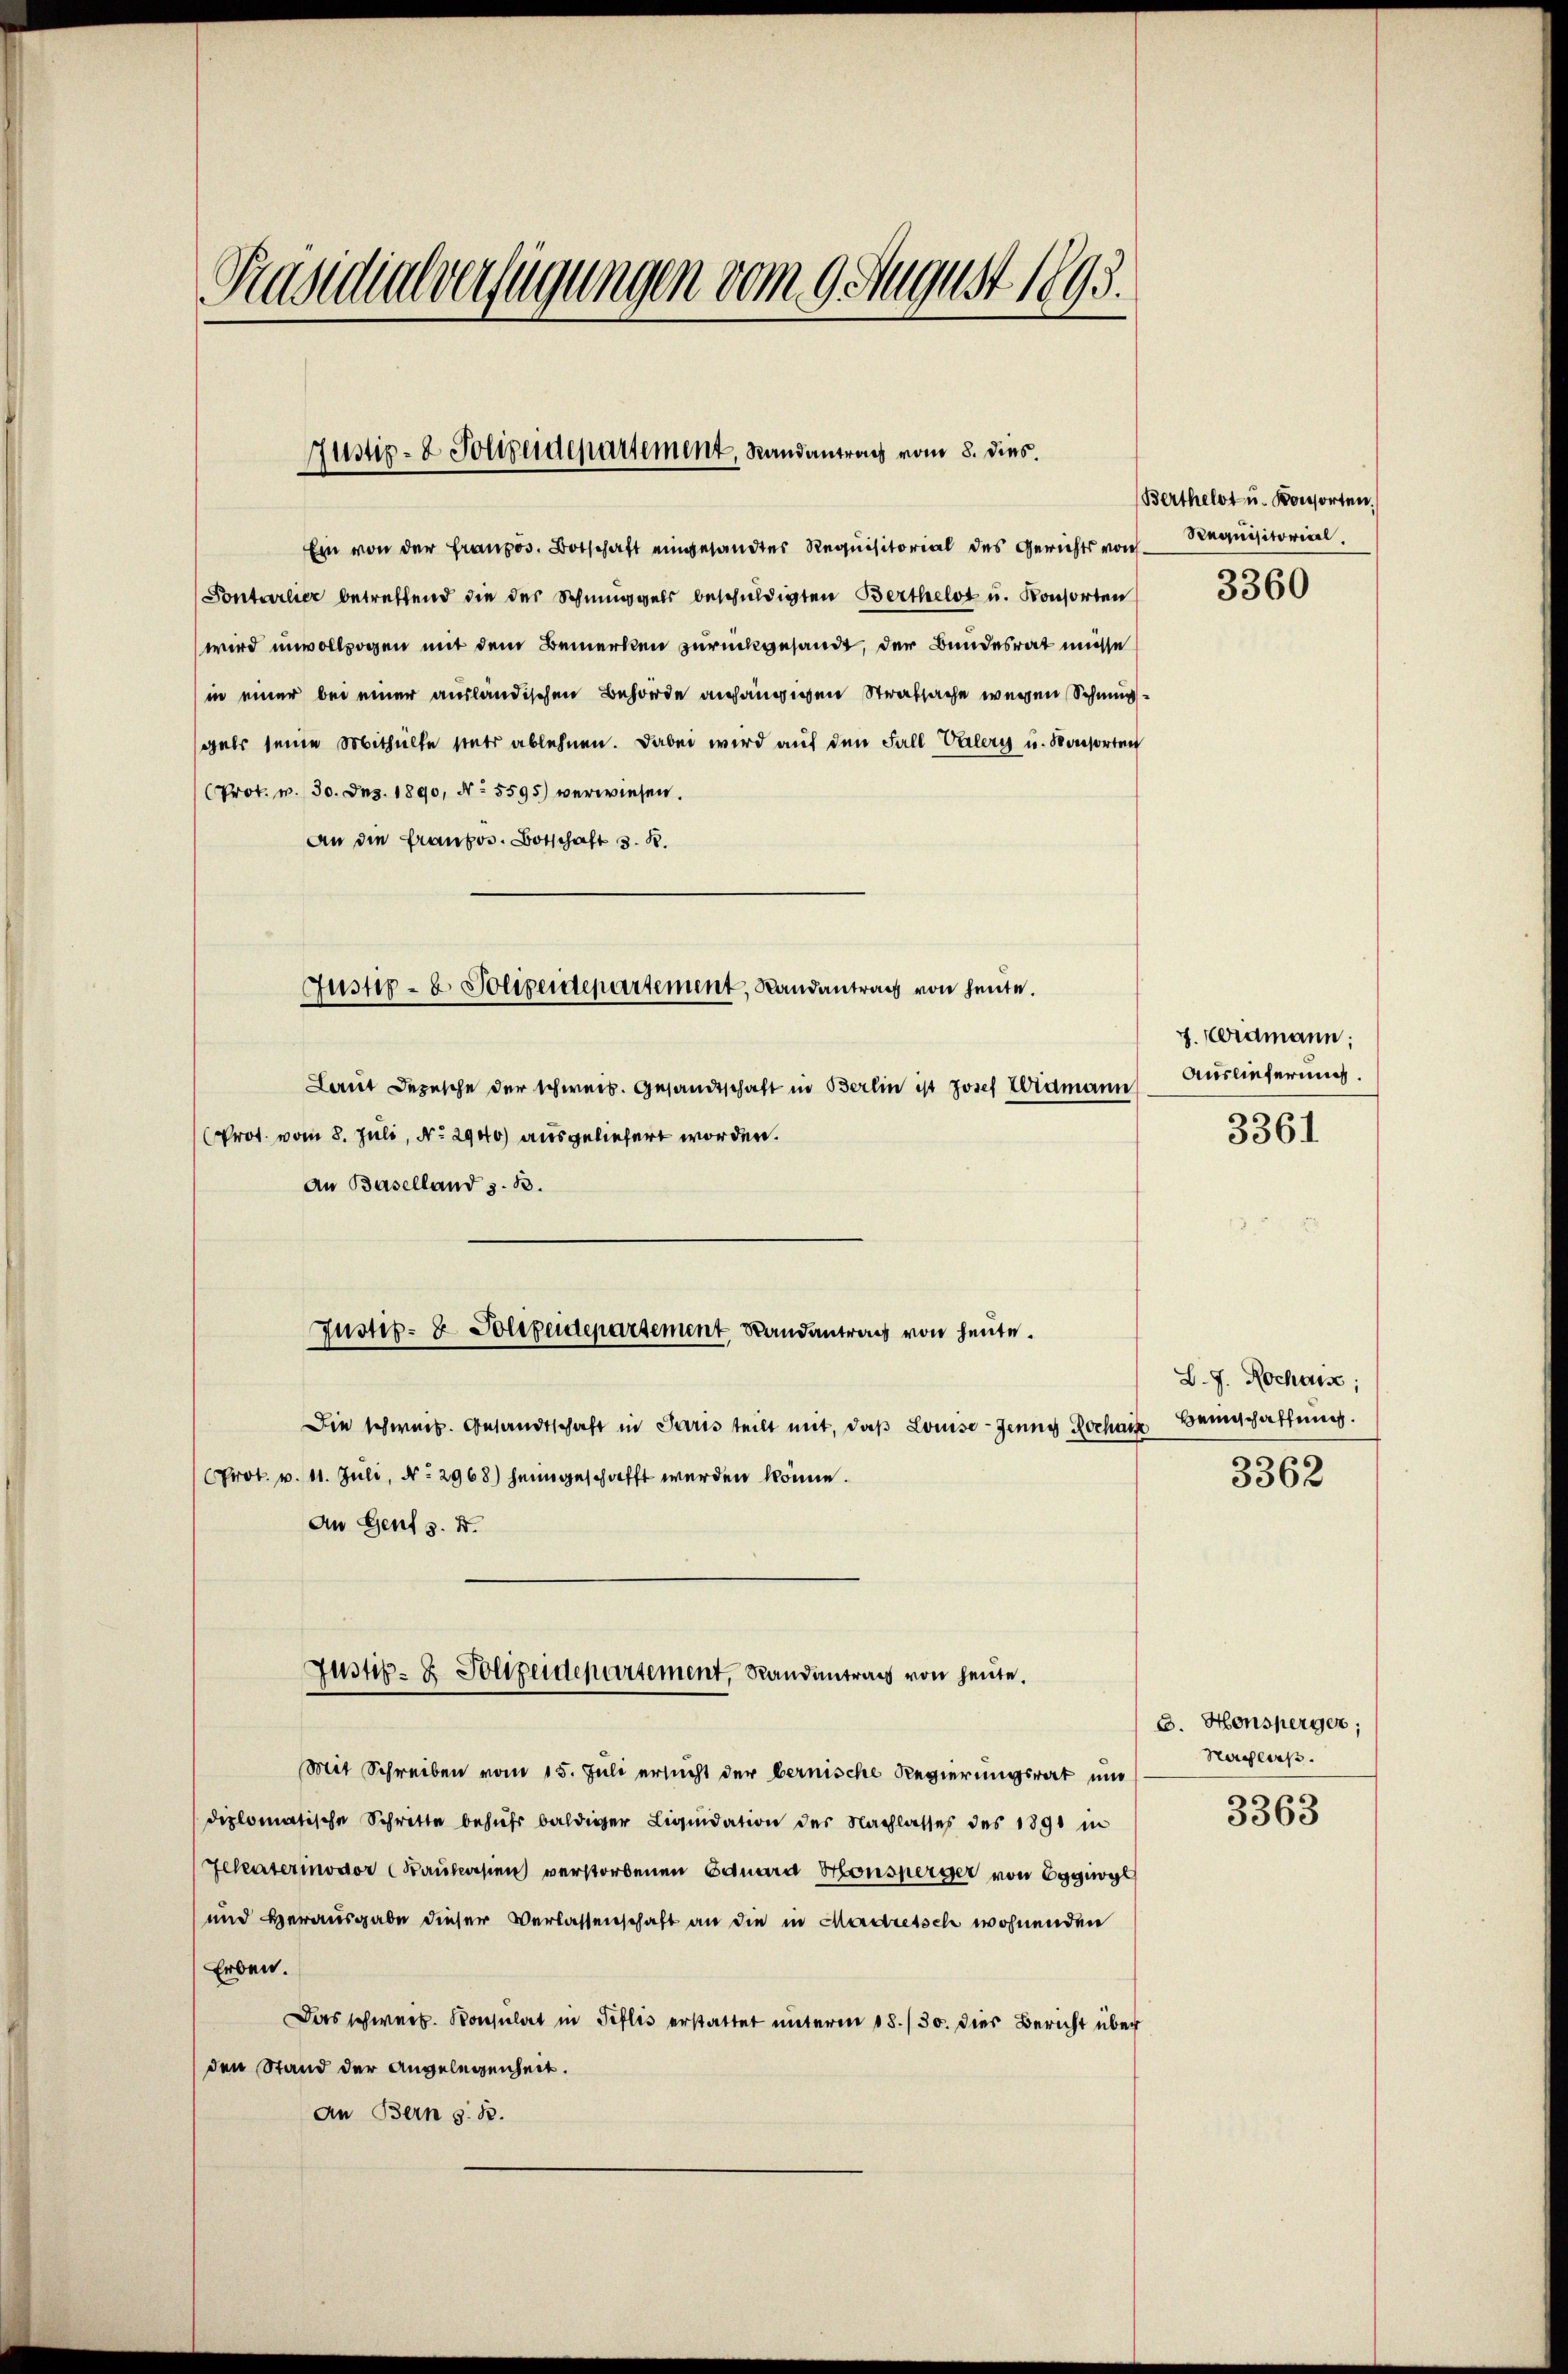
Präsidialverfügungen vom 9. August 1893.

Justiz- & Polizeidepartement, Randantrag vom 8. dies

Justiz- & Polizeidepartement, Landantrag von heute.
Leriet Depesche der Schweis. Gesandtschaft in Berlin ist Josef Erdmann
Prot. vom 8. Juli, No 2940) ausgeliefert worden.

Justiz- & Polizeidepartement Randantrag von heute.

Ein von der französ. Botschaft eingesandtes Requisitorial des Gerichts von Requisitorial,
Ponterlier betreffend die der Schmuggeld beschuldigten Berthelot u. Konsorten
wird unvollzogen mit dem Bemerken zurückgesandt, der Bundesrat müsse
in einer bei einer ausländischen Behörde anhängigen Strafsache wegen Schmug
gals seine Mithülle stets ablehnen. Dabei wird auf den Fall Valers u. Konsorten
(Prot. v. 30. Jez. 1890, No 5595) verwiesen.
An die Franzos. Botschaft z. B.
An Baselland s. 53.
Die schweiz. Gesandtschaft in Paris teilt mit, daß Louise - Jenny Hochach Beinschaffung.
Prot. v. 11. Juli, No 2968) heimgeschafft werden könne.
An Genf z. B.
Justiz- & Polizeidepartement, Randantrag von heute.
Mit Schreiben vom 15. Juli ersucht der bernische Regierungsrat und
diplomatische Schritte befuhr baldiger Liquidation des Nachlasses des 1890 in
Zehenteriodor Baukasien verstorbenen Eduard Honsperger von Eggings
und Herausgabe dieser Verlassenschaft an die in Madretsch wohnenden
Erben.
Das schweiz. Konsulat in Teflis erstattet unterm 18./30. dies Bericht über
den Stand der Angelegenheit.
An Bern z. B.

Berthelot u. Konsorten.

3360

7. Nordmann;
Auslieferung.
3361

B. J. Hochais;
3362

d. Honsperger;
Hergers.

3363